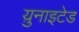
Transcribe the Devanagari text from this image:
य़ुनाइटेड